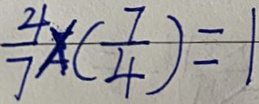
\frac { 2 } { 7 } \times ( \frac { 7 } { 4 } ) = 1